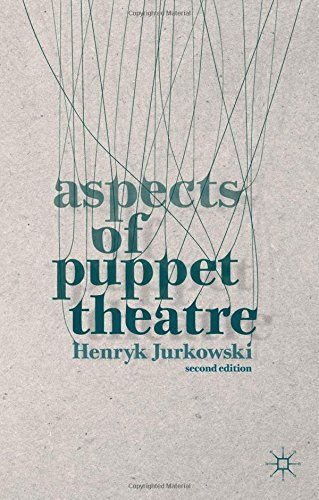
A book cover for Aspects of Puppet Theatre; Henryk Jurkowski; Crafts, Hobbies & Home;